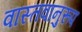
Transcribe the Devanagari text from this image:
वास्तवानुरूप